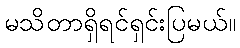
မသိတာရှိရင်ရှင်းပြမယ်။